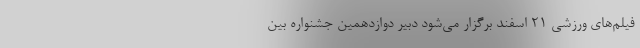
فیلم‌های ورزشی 21 اسفند برگزار می‌شود دبیر دوازدهمین جشنواره بین‌